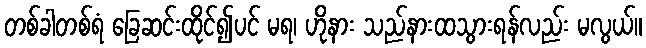
တစ်ခါတစ်ရံ ခြေဆင်းထိုင်၍ပင် မရ၊ ဟိုနား သည်နားထသွားရန်လည်း မလွယ်။